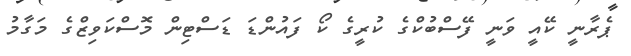
ޕެރާނީ ކޭއީ ވަނީ ފޭސްބުކްގެ ކުރީގެ ކޯ ފައުންޑަ ޑަސްޓިން މޮސްކަވިޒްގެ މަގާމު